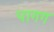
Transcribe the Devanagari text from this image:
पागग